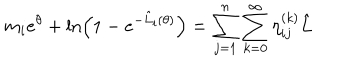
m _ { i } e ^ { \theta } + \ln \left( 1 - e ^ { - \hat { L } _ { i } ( \theta ) } \right) = \sum _ { j = 1 } ^ { n } \sum _ { k = 0 } ^ { \infty } \eta _ { i j } ^ { ( k ) } \hat { L }